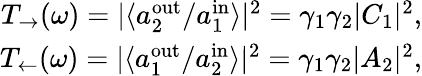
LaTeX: \begin{array}{r}{T_{\rightarrow}(\omega)=|\langle a_{2}^{\mathrm{out}}/a_{1}^{\mathrm{in}}\rangle|^{2}=\gamma_{1}\gamma_{2}|C_{1}|^{2},}\\ {T_{\leftarrow}(\omega)=|\langle a_{1}^{\mathrm{out}}/a_{2}^{\mathrm{in}}\rangle|^{2}=\gamma_{1}\gamma_{2}|A_{2}|^{2},}\end{array}